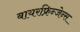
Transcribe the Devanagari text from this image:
बायरफ्रिन्जेन्स